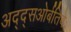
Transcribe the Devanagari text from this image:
अद्द्सओर्बतिवे